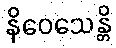
နိဝေသေန္တိ